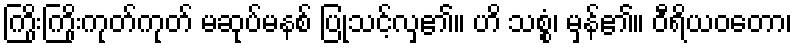
ကြိုးကြိုးကုတ်ကုတ် မဆုပ်မနစ် ပြုသင့်လှ၏။ ဟိ သစ္စံ၊ မှန်၏။ ဝီရိယဝတော၊